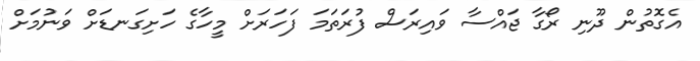
އެގޮތުން ދޫނި ރޯގާ ޖައްސާ ވައިރަސް ފުރަތަމަ ފަހަރަށް މީހާގެ ހަށިގަނޑަށް ވަނުމަށް